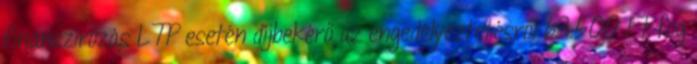
finanszírozás LTP esetén díjbekérő az engedélyeztetésről 63.500 Ft fog